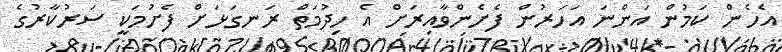
އެހެން ކަމުން އަންނަ އަހަރުން ފެށެންވާއިރަށް އެ ހިދުމަތް ރަނގަޅަށް ފެށުމަކީ ސަރުކާރުގެ